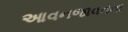
આવનજાવનના